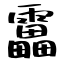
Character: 靁